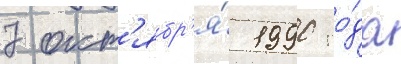
7 окт'ябр'я́ 1990 го́да